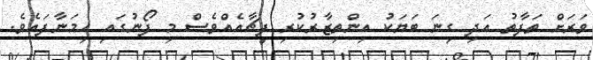
ވަރަށް ތަފާތު އަދި ގިނަ ބަޔަކު އިންތިޒާރުކުރި ފީޗާއެއްވެސް މި ފޯނުގައި ހިމަނާފައެވެ.